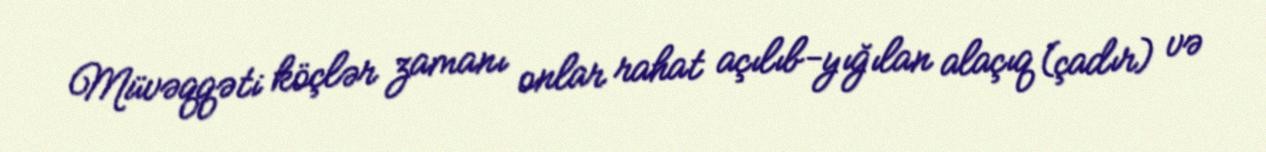
Müvəqqəti köçlər zamanı onlar rahat açılıb-yığılan alaçıq (çadır) və